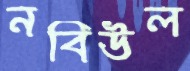
নবিউল